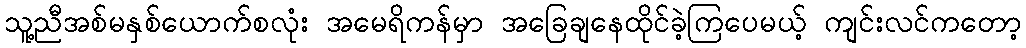
သူ့ညီအစ်မနှစ်ယောက်စလုံး အမေရိကန်မှာ အခြေချနေထိုင်ခဲ့ကြပေမယ့် ကျင်းလင်ကတော့